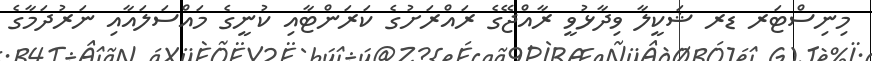
މިނިސްޓަރ ޑރ ޝަކީލާ ވިދާޅުވީ ރާއްޖޭގެ ރައްރަށުގެ ކަރަންޓާއި ކުނީގެ މައްސަލައާއި ނަރުދަމާގެ